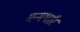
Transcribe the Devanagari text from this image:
मन्मथारि